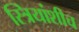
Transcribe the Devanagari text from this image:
स्त्रियांशीच